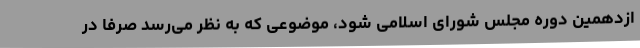
ازدهمین دوره مجلس شورای اسلامی شود، موضوعی که به نظر می‌رسد صرفا در